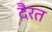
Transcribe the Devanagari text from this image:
दैरत